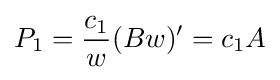
P_{1}={\frac {c_{1}}{w}}(Bw)'=c_{1}A